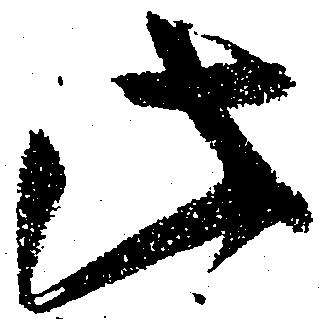
此